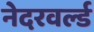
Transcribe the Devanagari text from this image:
नेदरवर्ल्ड